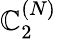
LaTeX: \mathbb{C}_{2}^{(N)}